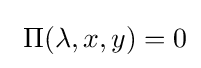
\ \Pi (\lambda ,x,y)=0